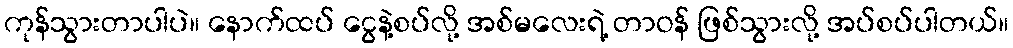
ကုန်သွားတာပါပဲ။ နောက်ထပ် ငွေနဲ့စပ်လို့ အစ်မလေးရဲ့ တာဝန် ဖြစ်သွားလို့ အပ်စပ်ပါတယ်။